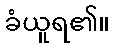
ခံယူရ၏။